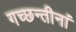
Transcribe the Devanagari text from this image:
गच्छन्तीनां